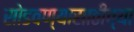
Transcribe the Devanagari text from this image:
सोडवण्यासाठीच्या